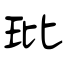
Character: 玭